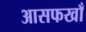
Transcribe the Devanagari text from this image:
आसफखाँ